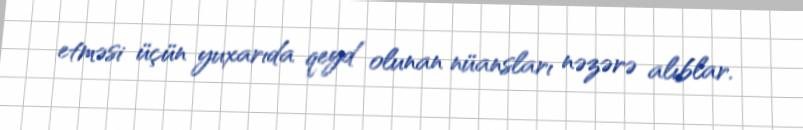
etməsi üçün yuxarıda qeyd olunan nüansları nəzərə alıblar.